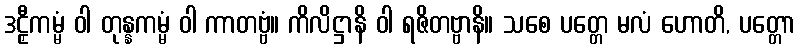
ဒဠှီကမ္မံ ဝါ တုန္နကမ္မံ ဝါ ကာတဗ္ဗံ။ ကိလိဋ္ဌာနိ ဝါ ရဇိတဗ္ဗာနိ။ သစေ ပတ္တေ မလံ ဟောတိ, ပတ္တော